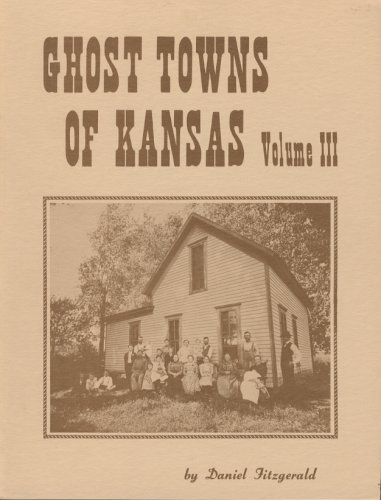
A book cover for Ghost Towns of Kansas Volume III; Daniel Fitzgerald; Travel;